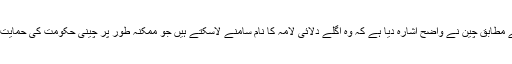
رپورٹ کے مطابق چین نے واضح اشارہ دیا ہے کہ وہ اگلے دلائی لامہ کا نام سامنے لاسکتے ہیں جو ممکنہ طور پر چینی حکومت کی حمایت کریں گے۔